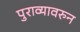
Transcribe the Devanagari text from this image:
पुराव्यावरुन